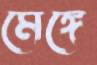
মেঙ্গে